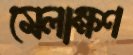
মেলাক্ষণ